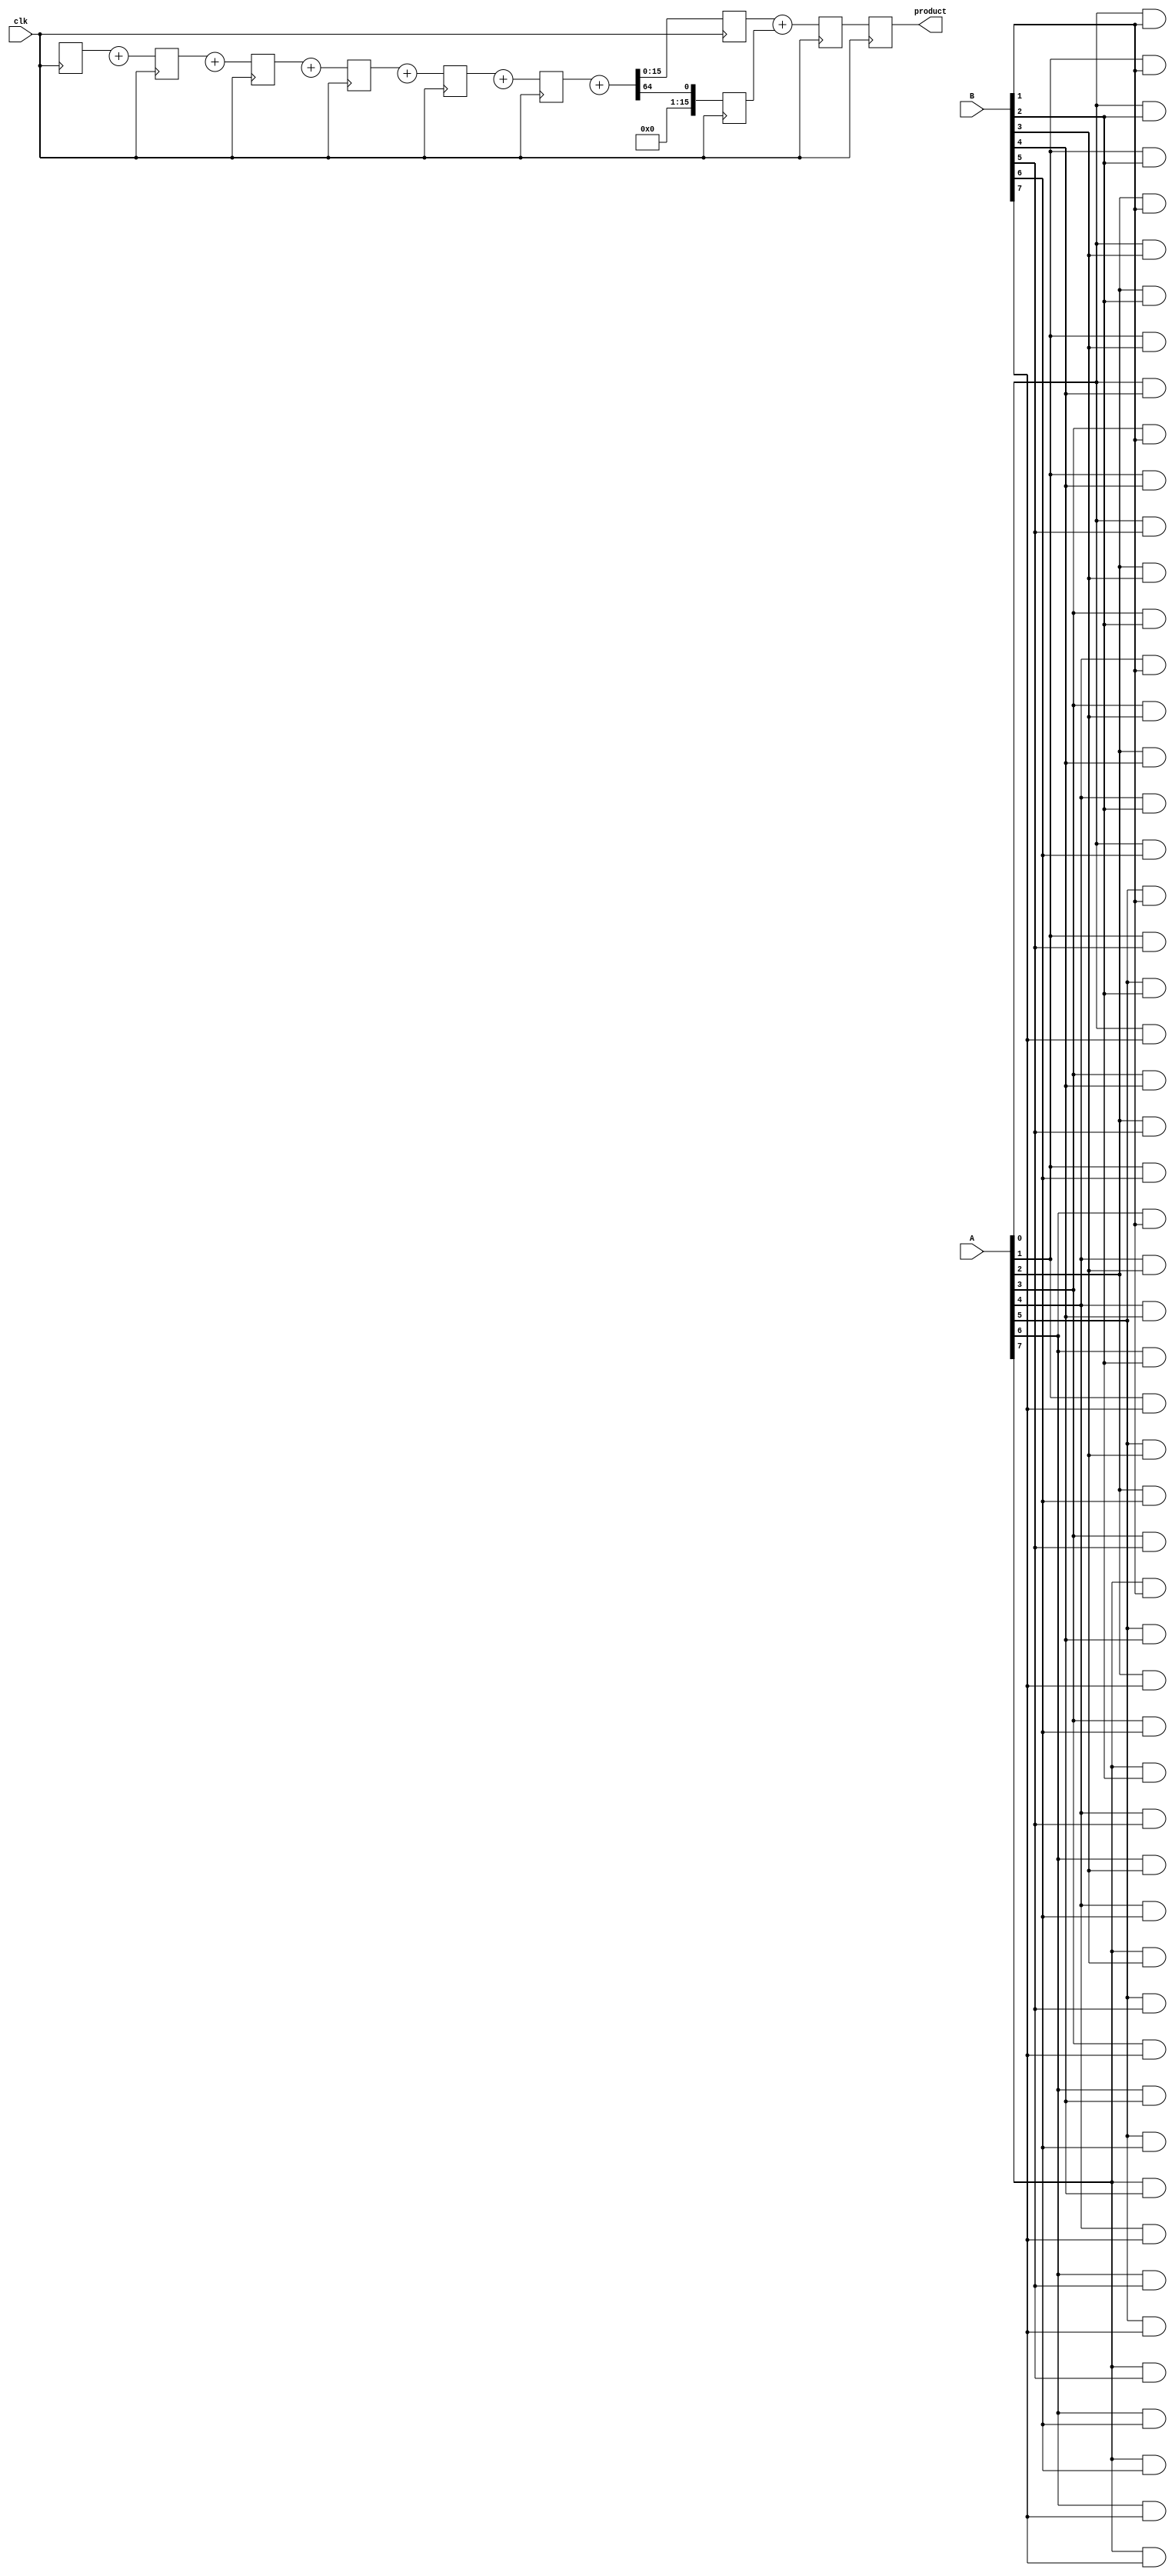
module AdaptiveWallaceTreeMultiplier #(
    parameter A_WIDTH = 8, // Width of input A
    parameter B_WIDTH = 8  // Width of input B
)(
    input wire [A_WIDTH-1:0] A,
    input wire [B_WIDTH-1:0] B,
    input wire clk,
    output reg [(A_WIDTH + B_WIDTH - 1):0] product
);

    // Generate the partial products
    wire [A_WIDTH * B_WIDTH - 1:0] partial_products [0:B_WIDTH - 1];
    generate
        genvar i, j;
        for (i = 0; i < B_WIDTH; i = i + 1) begin : pp_gen
            for (j = 0; j < A_WIDTH; j = j + 1) begin : pp_gen_inner
                assign partial_products[i][i*A_WIDTH + j] = A[j] & B[i];
            end
        end
    endgenerate

    // Carry-save addition
    wire [A_WIDTH * B_WIDTH - 1:0] sum [0:A_WIDTH + B_WIDTH - 2];
    wire [A_WIDTH * B_WIDTH - 1:0] carry [0:A_WIDTH + B_WIDTH - 2];

    // Reduce partial products using Carry-Save Adders
    integer stage;
    always @(posedge clk) begin
        // Initial stage: load first set of partial products
        for (stage = 0; stage < B_WIDTH; stage = stage + 1) begin
            if (stage < 2) begin
                sum[stage] <= partial_products[stage];
                carry[stage] <= 0;
            end else begin
                // CSA logic for two inputs
                {carry[stage], sum[stage]} <= sum[stage-1] + partial_products[stage];
            end
        end
    end

    // Final addition
    reg [(A_WIDTH + B_WIDTH - 1):0] final_sum;
    reg [(A_WIDTH + B_WIDTH - 1):0] final_carry;

    always @(posedge clk) begin
        // Perform final addition from the last two stages
        final_sum <= sum[B_WIDTH - 1] + carry[B_WIDTH - 1];
        product <= final_sum;
    end

endmodule